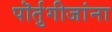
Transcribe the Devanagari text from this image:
पॊर्तुगीजांना